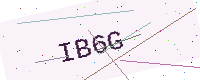
Text: IB6G